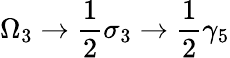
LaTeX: \Omega_{3}\rightarrow\frac{1}{2}\sigma_{3}\rightarrow\frac{1}{2}\gamma_{5}